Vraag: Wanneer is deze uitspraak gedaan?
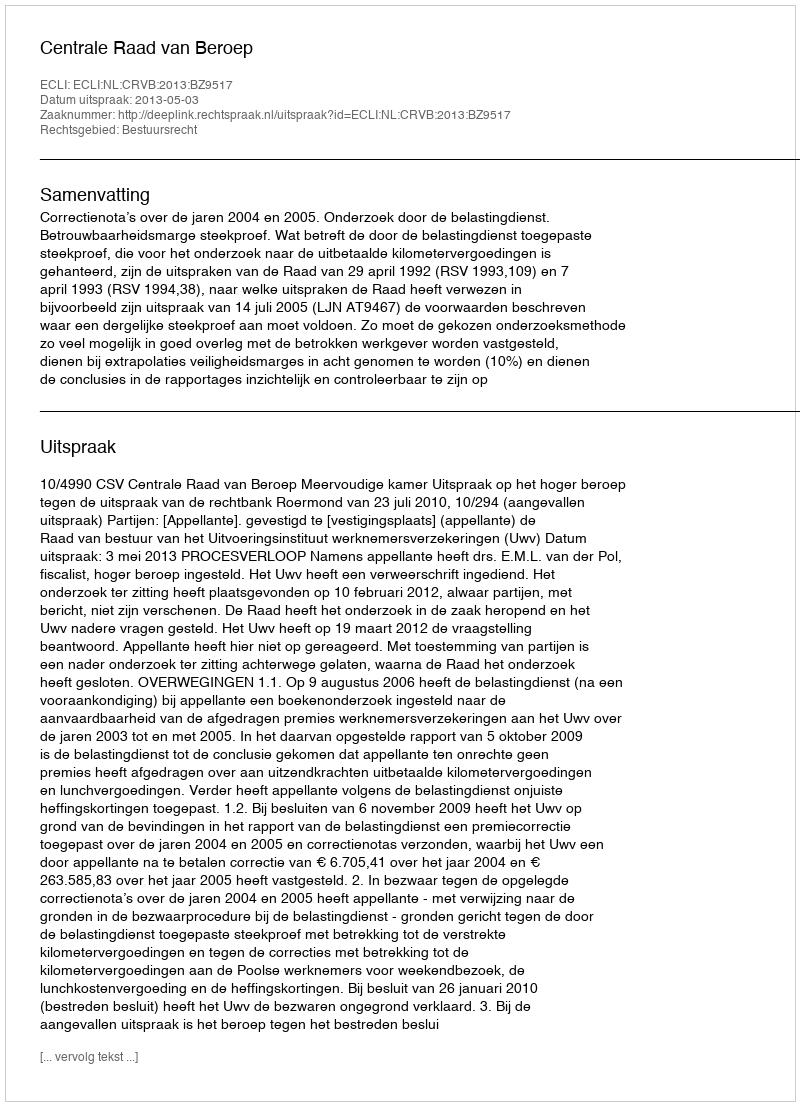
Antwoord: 2013-05-03